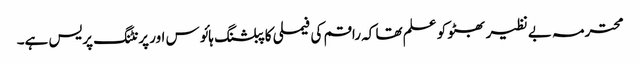
محترمہ بے نظیر بھٹو کو علم تھا کہ راقم کی فیملی کا پبلشنگ ہائوس اور پرنٹنگ پریس ہے۔